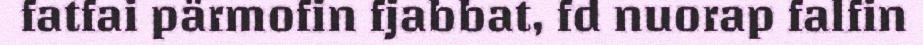
fatfai pärmofin fjabbat, fd nuorap falfin